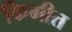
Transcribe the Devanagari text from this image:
किमीत